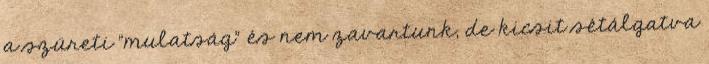
a szüreti "mulatság" és nem zavartunk, de kicsit sétálgatva